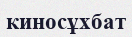
киносұхбат